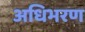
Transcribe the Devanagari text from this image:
अधिभरण